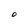
Character: O